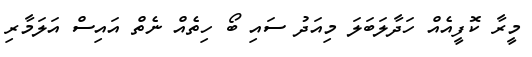
މީރާ ކޮފީއެއް ހަދާލަބަލަ މިއަދު ސައި ބޯ ހިތެއް ނެތް އައިސް އަލަމާރި